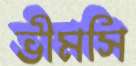
ভীমসি